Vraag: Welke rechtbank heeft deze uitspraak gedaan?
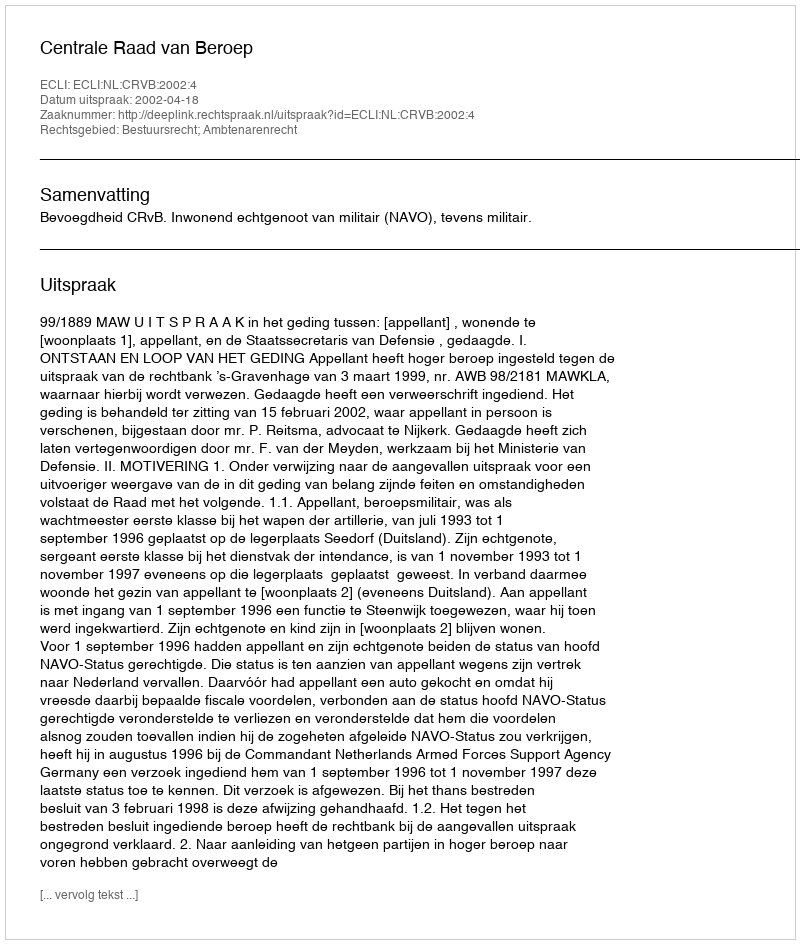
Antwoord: Centrale Raad van Beroep